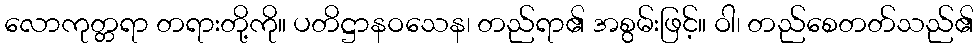
လောကုတ္တရာ တရားတို့ကို။ ပတိဋ္ဌာနဝသေန၊ တည်ရာ၏ အစွမ်းဖြင့်။ ဝါ၊ တည်စေတတ်သည်၏